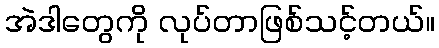
အဲဒါတွေကို လုပ်တာဖြစ်သင့်တယ်။